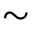
\sim